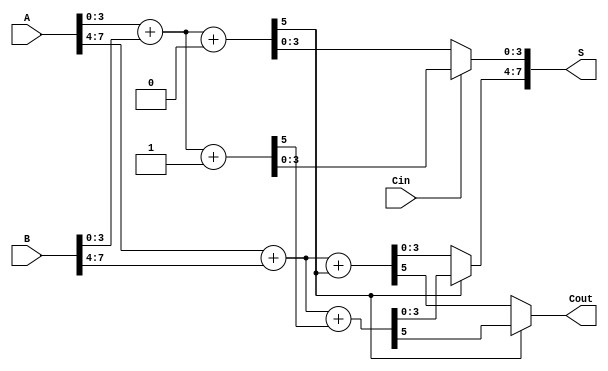
module carry_select_adder (
    input [7:0] A,      // 8-bit input A
    input [7:0] B,      // 8-bit input B
    input Cin,          // Carry-in
    output [7:0] S,     // 8-bit sum output
    output Cout         // Carry-out
);

    // Intermediate signals for the first block (lower 4 bits)
    wire [4:0] S0, S0_p;  // S0 for Cin=0, S0' for Cin=1
    wire C0, C0_p;        // Carry out for both cases

    // Intermediate signals for the second block (upper 4 bits)
    wire [4:0] S1, S1_p;  // S1 for Cin=0, S1' for Cin=1
    wire C1, C1_p;        // Carry out for both cases

    // First Block (Lower 4 bits)
    assign {C0, S0} = A[3:0] + B[3:0] + 0;  // S0 for Cin=0
    assign {C0_p, S0_p} = A[3:0] + B[3:0] + 1; // S0' for Cin=1

    // Second Block (Upper 4 bits)
    assign {C1, S1} = A[7:4] + B[7:4] + C0;  // S1 for Cin=0
    assign {C1_p, S1_p} = A[7:4] + B[7:4] + C0_p; // S1' for Cin=1

    // Mux for selecting S0 and S1 based on the carry-in
    assign S[3:0] = (Cin == 0) ? S0[3:0] : S0_p[3:0];  // Select S0 or S0'
    assign S[7:4] = (C0 == 0) ? S1[3:0] : S1_p[3:0];  // Select S1 or S1'

    // Final Carry-out
    assign Cout = (C0 == 0) ? C1 : C1_p;  // Final carry-out

endmodule